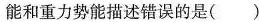
能和重力势能描述错误的是 ( )